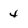
Character: 4